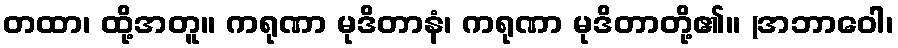
တထာ၊ ထို့အတူ။ ကရုဏာ မုဒိတာနံ၊ ကရုဏာ မုဒိတာတို့၏။ (အဘာဝေါ၊